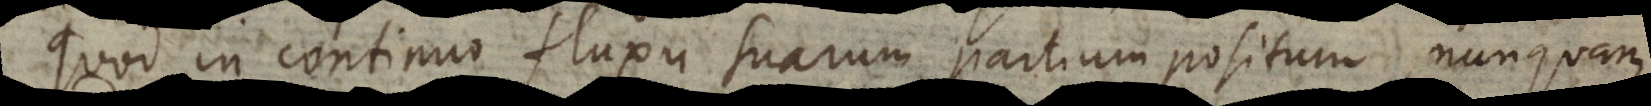
quod in continuo fluxu suarum partium positum, nunquam